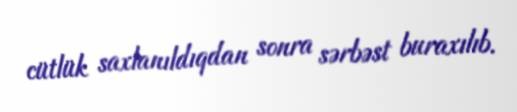
cütlük saxlanıldıqdan sonra sərbəst buraxılıb.